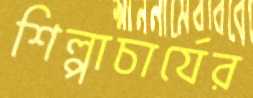
শিল্পাচার্যের